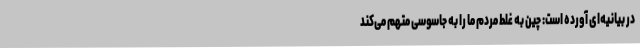
در بیانیه‌ای آورده است: چین به غلط مردم ما را به جاسوسی متهم می‌کند